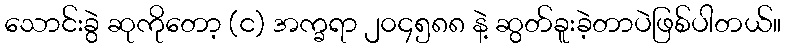
သောင်းခွဲ ဆုကိုတော့ (င) အက္ခရာ ၂၀၄၅၈၈ နဲ့ ဆွတ်ခူးခဲ့တာပဲဖြစ်ပါတယ်။